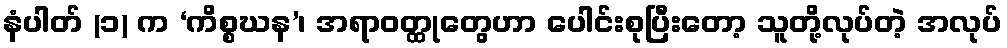
နံပါတ် (၁) က ‘ကိစ္စဃန’၊ အရာဝတ္ထုတွေဟာ ပေါင်းစုပြီးတော့ သူတို့လုပ်တဲ့ အလုပ်